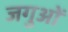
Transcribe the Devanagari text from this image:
जगुओं